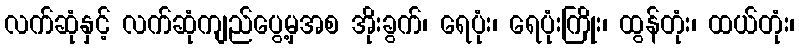
လက်ဆုံနှင့် လက်ဆုံကျည်ပွေ့မှအစ အိုးခွက်၊ ရေပုံး၊ ရေပုံးကြိုး၊ ထွန်တုံး၊ ထယ်တုံး၊